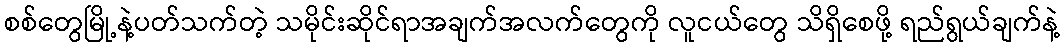
စစ်တွေမြို့နဲ့ပတ်သက်တဲ့ သမိုင်းဆိုင်ရာအချက်အလက်တွေကို လူငယ်တွေ သိရှိစေဖို့ ရည်ရွယ်ချက်နဲ့